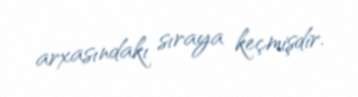
arxasındakı sıraya keçmişdir.